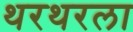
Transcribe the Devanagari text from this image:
थरथरला